Document type: Sale
Year: 1305
Scribe: Bernat de Vilarúbia
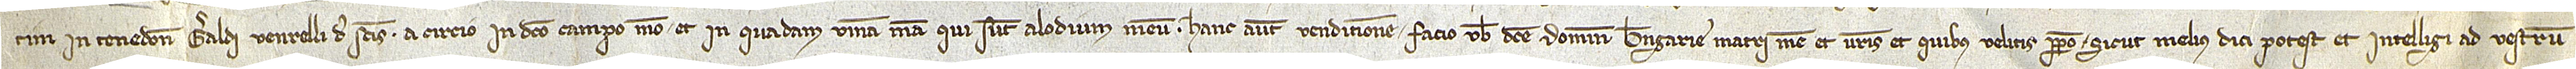
tim in tenedone Geraldi Venrelli, de Sanctis; a circio in dicto campo meo et in quadam vinea mea, qui sunt alodium meum. Hanc autem venditionem facio vobis dicte domine Berengarie, matri mee, et vestris et quibus velitis perpetuo sicut melius dici potest et intelligi, ad vestrum